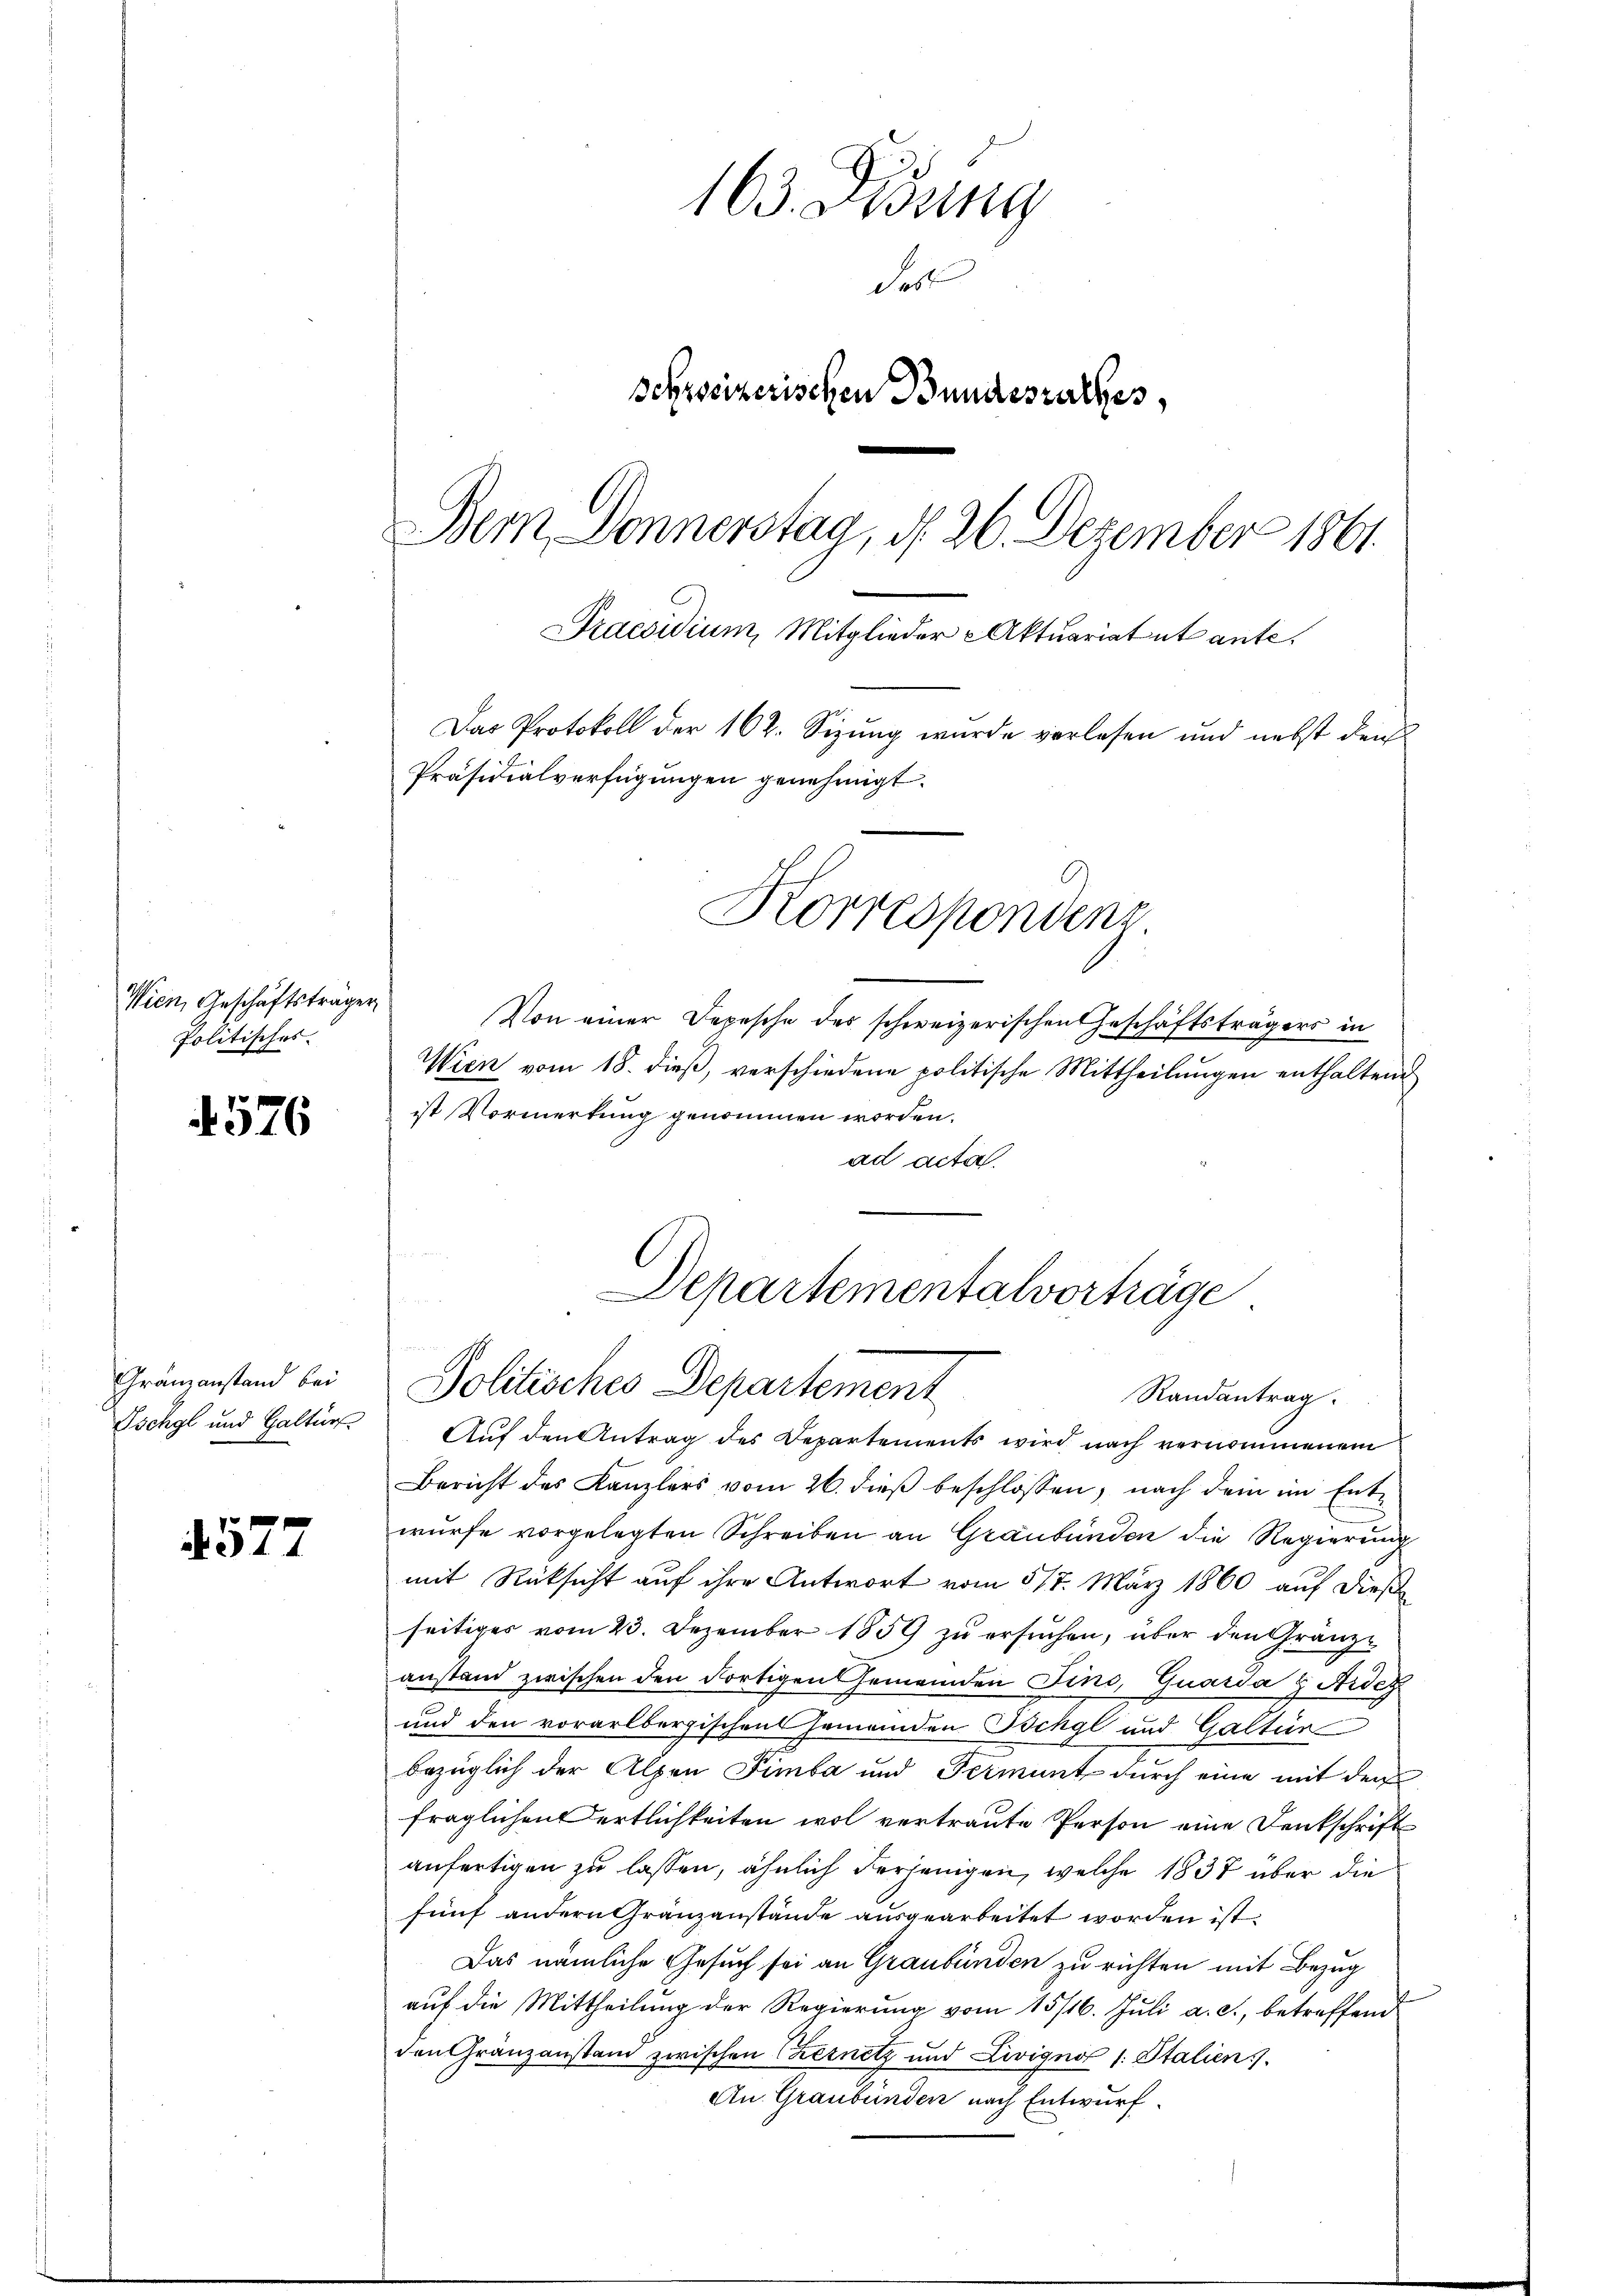
Wien, Geschäftsträger
Politisches.

f. 576

Granzanstand bei
Oschgl und Galtun

4577

163. Disung
Se
schzseizerischen Bundesrathes,
Bem Donnerstag, d. 26. Dezember 1861
Praesidium, Mitglieder Aktuariat ut ante.
Das Protokoll der 162. Sizung wurde verlesen und nebst den
Präsidialverfügungen genehmigt.

Korrespondenz

Von einer Depesche des schweizerischen Geschäftsträgers in
Wien vom 18. dieß, verschiedene politische Mittheilungen enthaltene
ist Vormerkung genommen worden.
ad acta.
Auf den Antrag des Departements wird nach vernommenem
Bericht des Kanzlers vom 26. dieß beschlossen, nach dem im Entwurfe vorgelegten Schreiben an Graubünden die Regierung
mit Rücksicht auf ihre Antwort vom 517. März 1860 auf dießseitiges vom 23. Dezember 1859 zu ersuchen, über den Granz-
anstand zwischen den dortigen Gemeinden Fino, Quarda  Ardez
und den vorarlbergischen Gemeinden Ischgl und Galtür
bezüglich der Alpen Fimba und Fermint durch eine mit den
fraglichen ertlichkeiten wol vertraute Person eine Denkschrift
anfertigen zu lassen, ähnlich derjenigen, welche 1837 über die
fünf andern Gränzanstände ausgearbeitet worden ist.
Das nämliche Gesuch sei an Graubünden zu richten mit Bezug
auf die Mittheilung der Regierung vom 15/16. Juli a. c., betreffend
den Gränzanstand zwischen Czernetz und Livigno 1. Italien).
An Graubünden nach Entwurf.

Departementalvorträge
Politisches Departement
Randantrag.